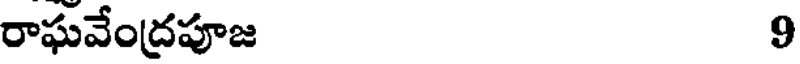
రాఘవేంద్రపూజ 9